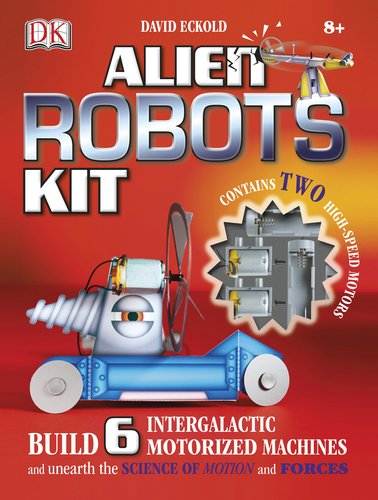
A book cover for Alien Robots Kit; David Eckold; Children's Books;